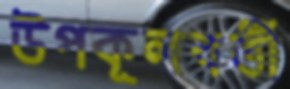
উপকূলবর্তী